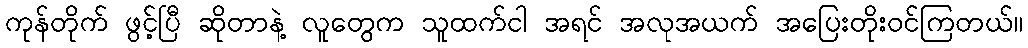
ကုန်တိုက် ဖွင့်ပြီ ဆိုတာနဲ့ လူတွေက သူထက်ငါ အရင် အလုအယက် အပြေးတိုးဝင်ကြတယ်။